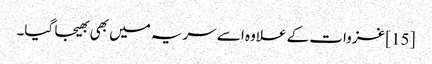
[15] غزوات کے علاوہ اسے سریہ میں بھی بھیجا گیا۔